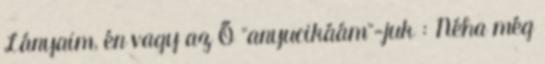
Lányaim, én vagy az Ő "anyucikáám"-juk : Néha még